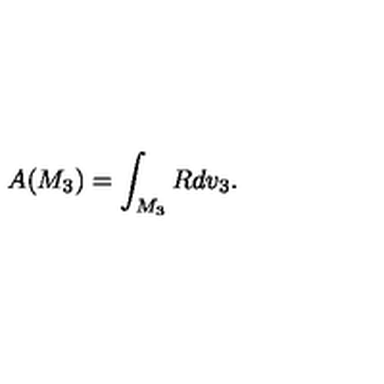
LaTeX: A ( M _ { 3 } ) = \int _ { M _ { 3 } } R d v _ { 3 } .